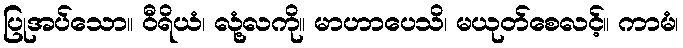
ပြုအပ်သော။ ဝီရိယံ၊ လုံ့လကို။ မာဟာပေသိ၊ မယုတ်စေလင့်။ ကာမံ၊